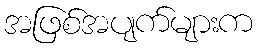
အဖြစ်အပျက်များက